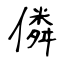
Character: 僯